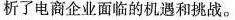
析了电商企业面临的机遇和挑战。